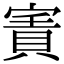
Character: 𡪓